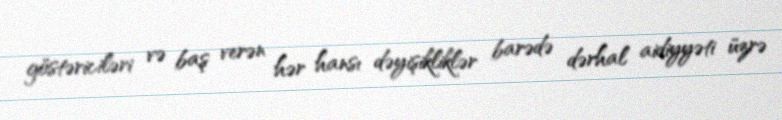
göstəriciləri və baş verən hər hansı dəyişikliklər barədə dərhal aidiyyəti üzrə